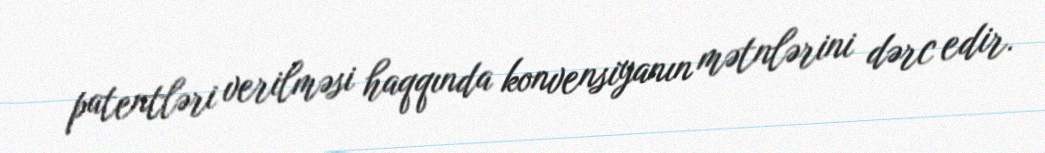
patentləri verilməsi haqqında konvensiyanın mətnlərini dərc edir.